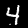
Digit: 4